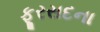
ફૂરસદના